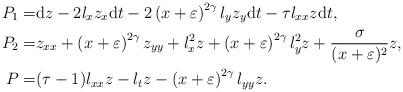
LaTeX: \begin{align*}{{P}}_1=&{\rm d}z-2 l_xz_x{\rm d}t-2\left(x+\varepsilon\right)^{2\gamma} l_yz_y{\rm d}t-\tau l_{xx}z{\rm d}t,\\{{P}}_2=&z_{xx}+\left(x+\varepsilon\right)^{2\gamma}z_{yy}+ l_x^2z+\left(x+\varepsilon\right)^{2\gamma}l_y^2z+\frac{\sigma}{(x+\varepsilon)^2}z,\\{{P}}=&(\tau-1) l_{xx}z- l_tz-\left(x+\varepsilon\right)^{2\gamma} l_{yy}z.\end{align*}